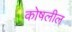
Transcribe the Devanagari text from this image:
कोषलील